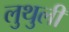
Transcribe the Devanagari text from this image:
लुथुली